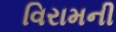
વિરામની